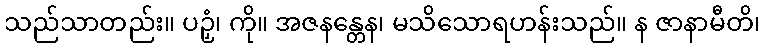
သည်သာတည်း။ ပဉှံ၊ ကို။ အဇနန္တေန၊ မသိသောရဟန်းသည်။ န ဇာနာမီတိ၊